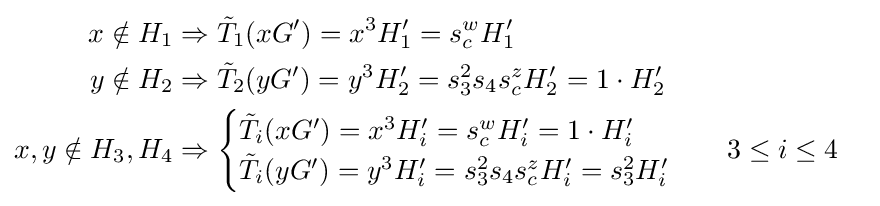
{\begin{aligned}x\notin H_{1}&\Rightarrow {\tilde {T}}_{1}(xG')=x^{3}H_{1}'=s_{c}^{w}H_{1}'\\y\notin H_{2}&\Rightarrow {\tilde {T}}_{2}(yG')=y^{3}H_{2}'=s_{3}^{2}s_{4}s_{c}^{z}H_{2}'=1\cdot H_{2}'\\x,y\notin H_{3},H_{4}&\Rightarrow {\begin{cases}{\tilde {T}}_{i}(xG')=x^{3}H_{i}'=s_{c}^{w}H_{i}'=1\cdot H_{i}'\\{\tilde {T}}_{i}(yG')=y^{3}H_{i}'=s_{3}^{2}s_{4}s_{c}^{z}H_{i}'=s_{3}^{2}H_{i}'\end{cases}}&&3\leq i\leq 4\end{aligned}}